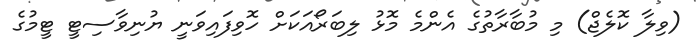
(ވިލާ ކޮލެޖް) މި މުބާރާތުގެ އެންމެ މޮޅު ލިބަރޯއަކަށް ހޮވިފައިވަނީ ޔުނިވާސިޓީ ޓީމުގެ